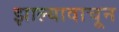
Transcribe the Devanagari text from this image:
झाल्यावाचून